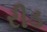
રીડ